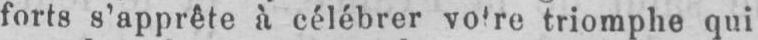
triomphe qui